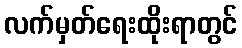
လက်မှတ်ရေးထိုးရာတွင်